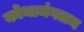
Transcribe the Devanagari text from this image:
कोथामंगलम